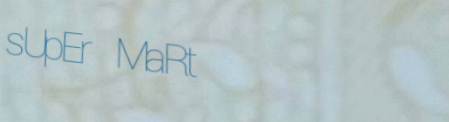
sUpEr MaRt